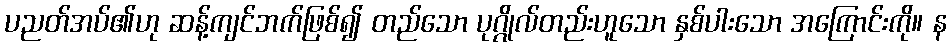
ပညတ်အပ်၏ဟု ဆန့်ကျင်ဘက်ဖြစ်၍ တည်သော ပုဂ္ဂိုလ်တည်းဟူသော နှစ်ပါးသော အကြောင်းကို။ န